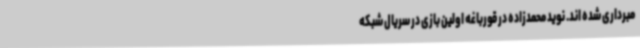
مبرداری شده اند. نوید محمدزاده در قورباغه اولین بازی در سریال شبکه